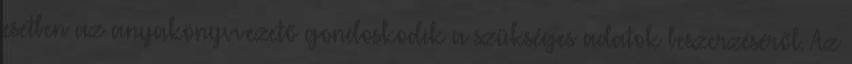
esetben az anyakönyvvezető gondoskodik a szükséges adatok beszerzéséről. Az